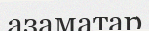
азаматар